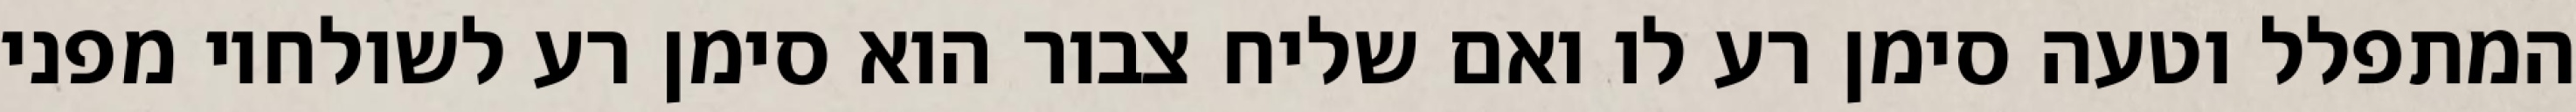
המתפלל וטעה סימן רע לו ואם שליח צבור הוא סימן רע לשולחיו מפני